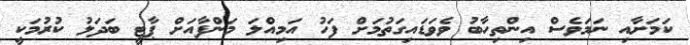
ކަމަށާއި ނަމަވެސް އިންތިހާބު ވެވަޑައިގަތުމަށް ފަހު އަމިއްލަ މަންފާއަށް ޕާޓީ ބަދަލު ކުރުމަކީ